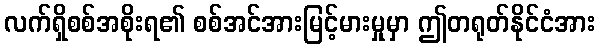
လက်ရှိစစ်အစိုးရ၏ စစ်အင်အားမြင့်မားမှုမှာ ဤတရုတ်နိုင်ငံအား